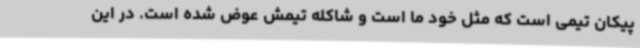
پیکان تیمی است که مثل خود ما است و شاکله تیمش عوض شده است. در این